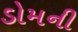
ડોમની